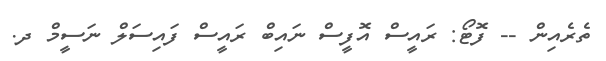
ތެރެއިން -- ފޮޓޯ: ރައީސް އޮފީސް ނައިބް ރައީސް ފައިސަލް ނަސީމް ދ.